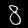
Digit: 8